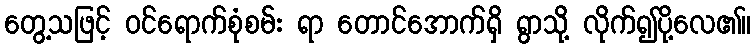
တွေ့သဖြင့် ဝင်ရောက်စုံစမ်း ရာ တောင်အောက်ရှိ ရွာသို့ လိုက်၍ပို့လေ၏။